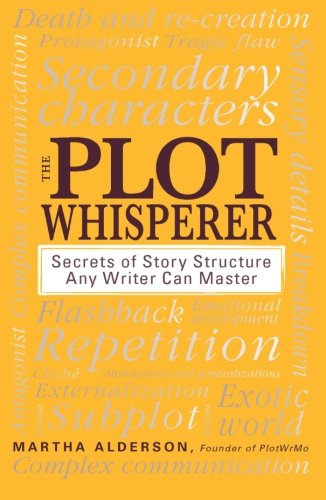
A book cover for The Plot Whisperer: Secrets of Story Structure Any Writer Can Master; Martha Alderson; Reference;